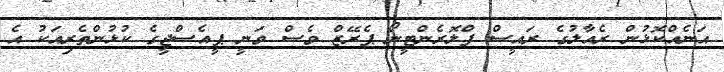
އަނެއްކޮޅުން ރެއާލުގެ ރައީސް ފްލޮރެންޓީނޯ ޕެރޭޒް ވެސް ވަނީ ޕީއެސްޖީގެ ކުޅުންތެރިއަކު އެ